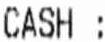
CASH :